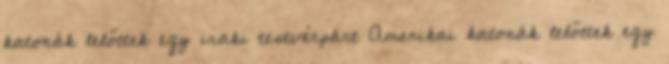
katonák lelőttek egy iraki testvérpárt Amerikai katonák lelőttek egy